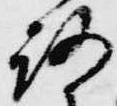
路